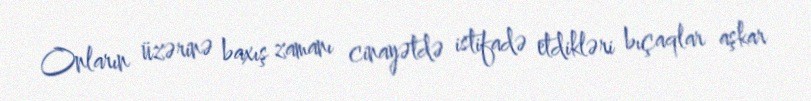
Onların üzərinə baxış zamanı cinayətdə istifadə etdikləri bıçaqlar aşkar